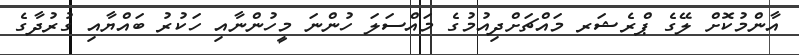
އާންމުކޮށް ލޭގެ ޕްރެޝަރ މައްޗަށްދިއުމުގެ މައްސަލަ ހުންނަ މީހުންނާއި ހަކުރު ބައްޔާއި ގުރުދާގެ